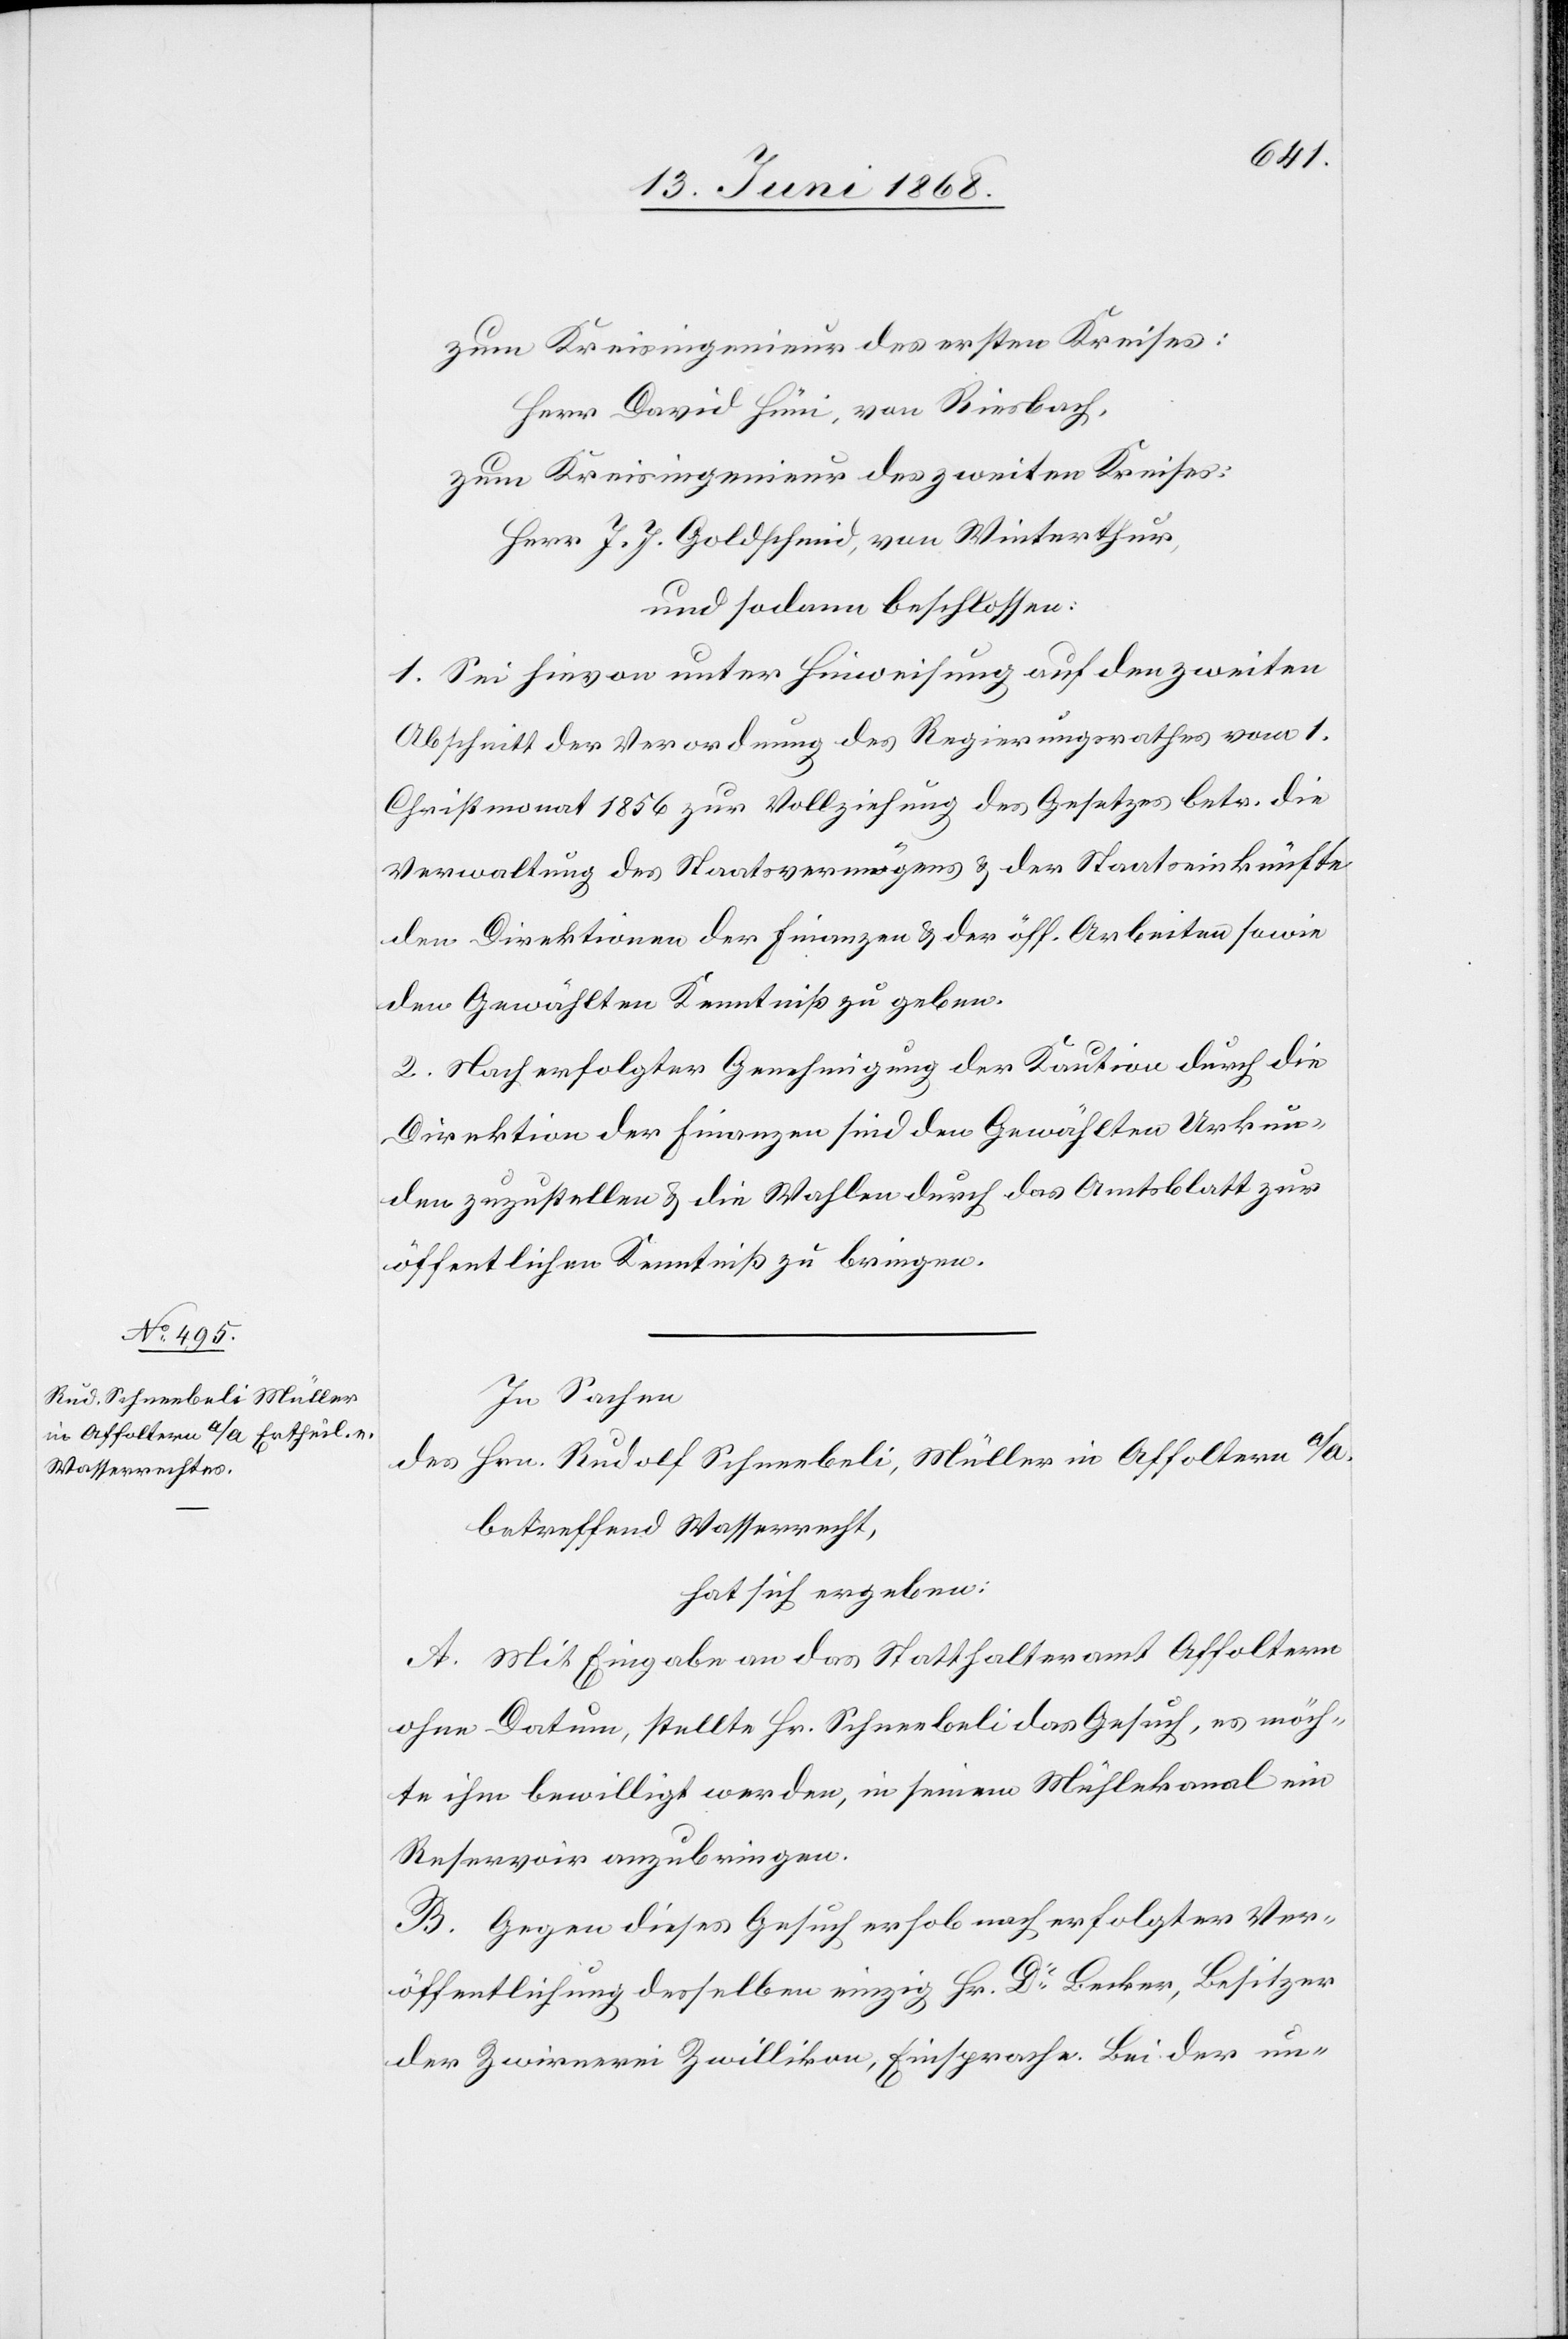
zum Kreisingenieur des ersten Kreises:
Herr David Hüni, von Riesbach,
zum Kreisingenieur des zweiten Kreises:
Herr J. J. Goldschmid, von Winterthur,
und sodann beschlossen:
1. Sei hievon unter Hinweisung auf den zweiten
Abschnitt der Verordnung des Regierungsrathes vom 1.
Christmonat 1856 zur Vollziehung des Gesetzes betr. die
Verwaltung des Staatsvermögens & der Staatseinkünfte
den Direktionen der Finanzen & der öff. Arbeiten sowie
den Gewählten Kenntniß zu geben.
2. Nach erfolgter Genehmigung der Kaution durch die
Direktion der Finanzen sind den Gewählten Urkun¬
den zuzustellen & die Wahlen durch das Amtsblatt zur
öffentlichen Kenntniß zu bringen.
In Sachen
des Hrn. Rudolf Schneebeli, Müller in Affoltern a/A.
betreffend Wasserrecht,
hat sich ergeben:
A. Mit Eingabe an das Statthalteramt Affoltern
ohne Datum, stellte Hr. Schneebeli das Gesuch, es möch¬
te ihm bewilligt werden, in seinem Mühlekanal ein
Reservoir anzubringen.
B. Gegen dieses Gesuch erhob nach erfolgter Ver¬
öffentlichung desselben einzig Hr. Dr Becker, Besitzer
der Zwirnerei Zwillikon, Einsprache. Bei der un-